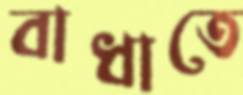
বাধাতে